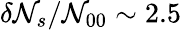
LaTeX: \delta\mathcal{N}_{s}/\mathcal{N}_{00}\sim2.5